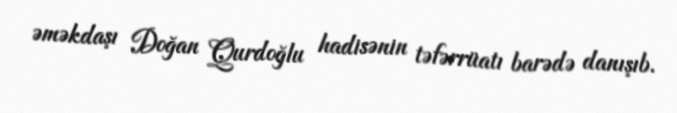
əməkdaşı Doğan Qurdoğlu hadisənin təfərrüatı barədə danışıb.